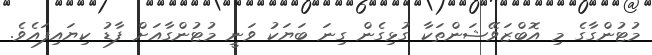
މުޓުންގާގެ މި އޮބްޒަވޭޝަންތަކާ ގުޅިގެން ގިނަ ބަޔަކު ވަނީ މުޓުންގާއަށް ފާޑު ކިޔައިފައެވެ.